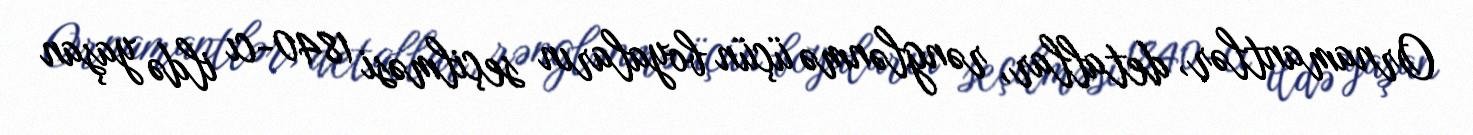
Ornamantlər, detallar, rənglənmə üçün boyaların seçilməsi 1840-cı ildə yaşan